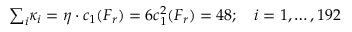
\textstyle { \sum _ { i } } \kappa _ { i } = \eta \cdot c _ { 1 } ( F _ { r } ) = 6 c _ { 1 } ^ { 2 } ( F _ { r } ) = 4 8 ; \quad i = 1 , \ldots , 1 9 2